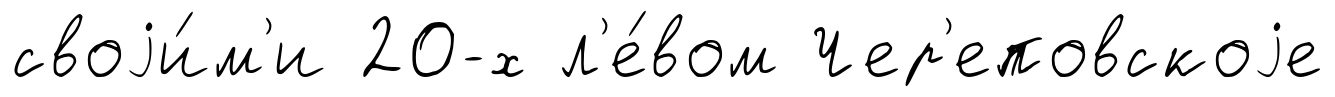
своjи́м'и 20-х л'е́вом Чер'еповскоjе